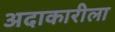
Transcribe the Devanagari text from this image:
अदाकारीला